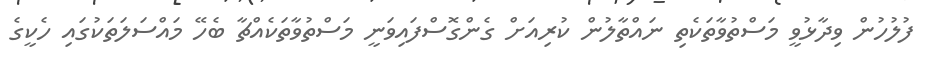
ފުލުހުން ވިދާޅުވީ މަސްތުވާތަކެތި ނައްތާލުން ކުރިއަށް ގެންގޮސްފައިވަނީ މަސްތުވާތަކެއްޗާ ބެހޭ މައްސަލަތަކުގައި ހެކީގެ